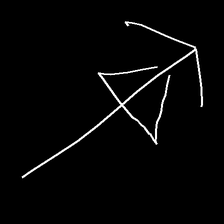
Glyph: pull